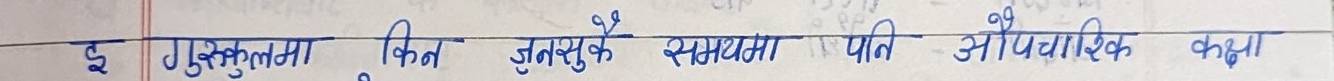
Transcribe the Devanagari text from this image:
इस गुरुकुलमा फिन जुनसुकै समयमा पनि औपचारिक कक्षा